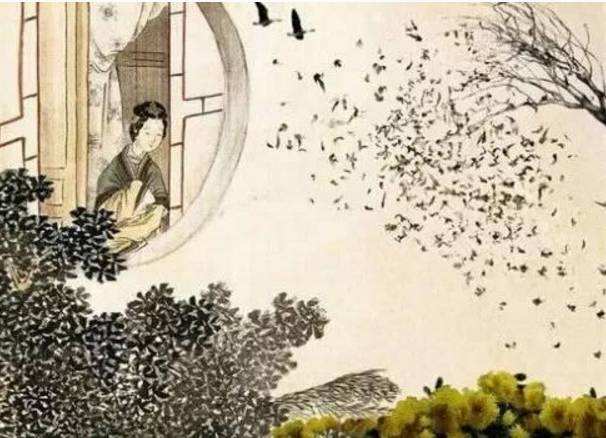
无限伤心夕照中，故国凄凉，剩粉余红。